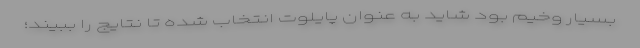
بسیار وخیم بود شاید به عنوان پایلوت انتخاب شده تا نتایج را ببیند؛